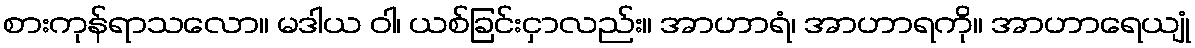
စားကုန်ရာသလော။ မဒါယ ဝါ၊ ယစ်ခြင်းငှာလည်း။ အာဟာရံ၊ အာဟာရကို။ အာဟာရေယျုံ